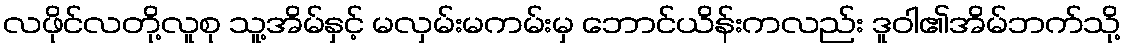
လဖိုင်လတို့လူစု သူ့အိမ်နှင့် မလှမ်းမကမ်းမှ ဘောင်ယိန်းကလည်း ဒူဝါ၏အိမ်ဘက်သို့